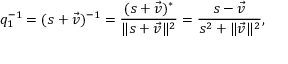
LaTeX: q _ { 1 } ^ { - 1 } = ( s + { \vec { v } } ) ^ { - 1 } = { \frac { ( s + { \vec { v } } ) ^ { * } } { \lVert s + { \vec { v } } \rVert ^ { 2 } } } = { \frac { s - { \vec { v } } } { s ^ { 2 } + \lVert { \vec { v } } \rVert ^ { 2 } } } ,